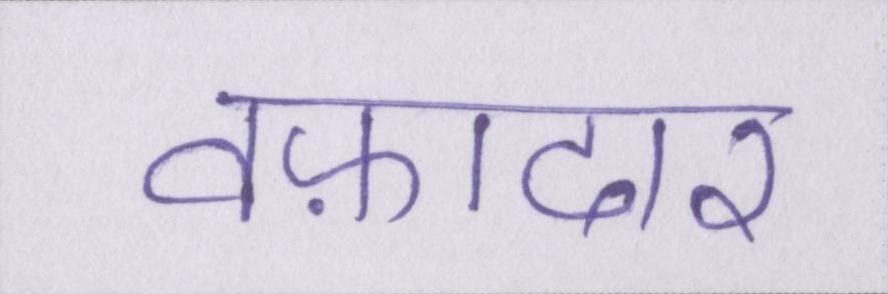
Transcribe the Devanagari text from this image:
वफ़ादार